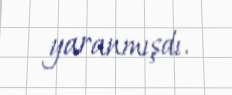
yaranmışdı.